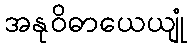
အနုဝိဓာယေယျုံ